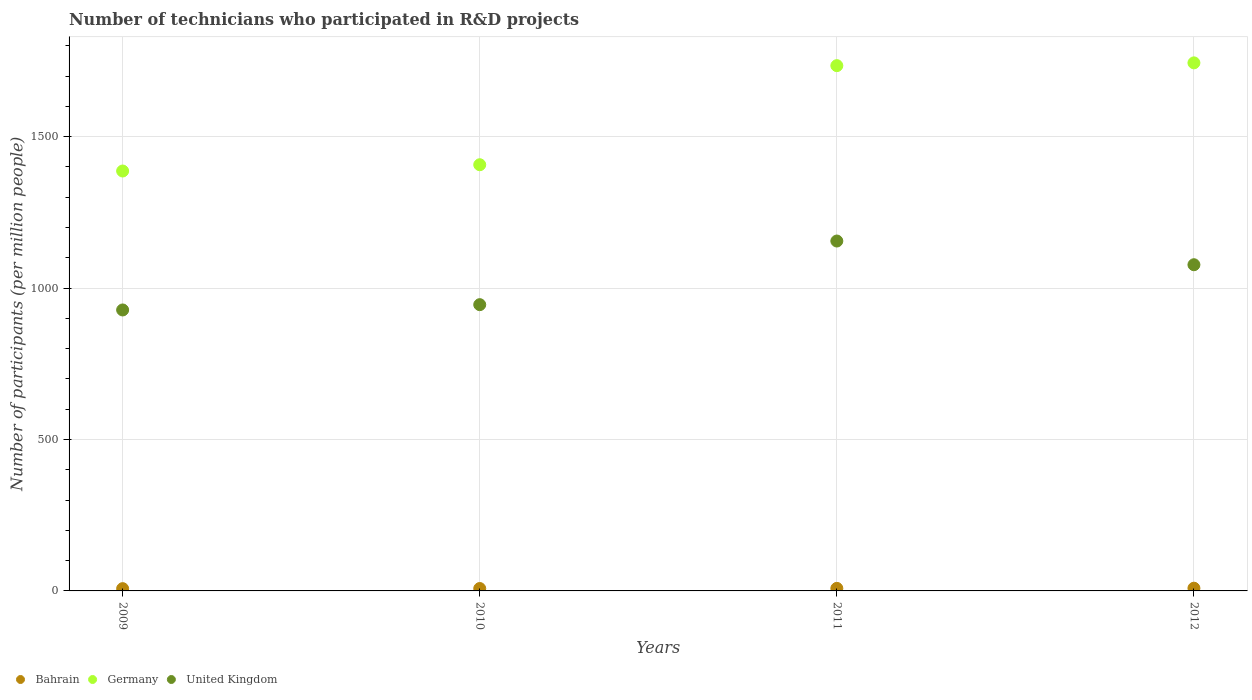
| Years | Bahrain | Germany | United Kingdom |
 | --- | --- | --- | --- |
 | 2009 | 7.52 | 1.39e+03 | 928 |
 | 2010 | 7.93 | 1.41e+03 | 945 |
 | 2011 | 8.42 | 1.73e+03 | 1.16e+03 |
 | 2012 | 9 | 1.74e+03 | 1.08e+03 |